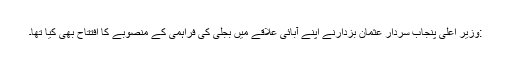
:وزیر اعلیٰ پنجاب سردار عثمان بزدارنے اپنے آبائی علاقے میں بجلی کی فراہمی کے منصوبے کا افتتاح بھی کیا تھا۔